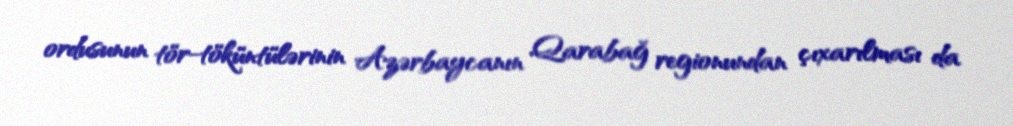
ordusunun tör-töküntülərinin Azərbaycanın Qarabağ regionundan çıxarılması da